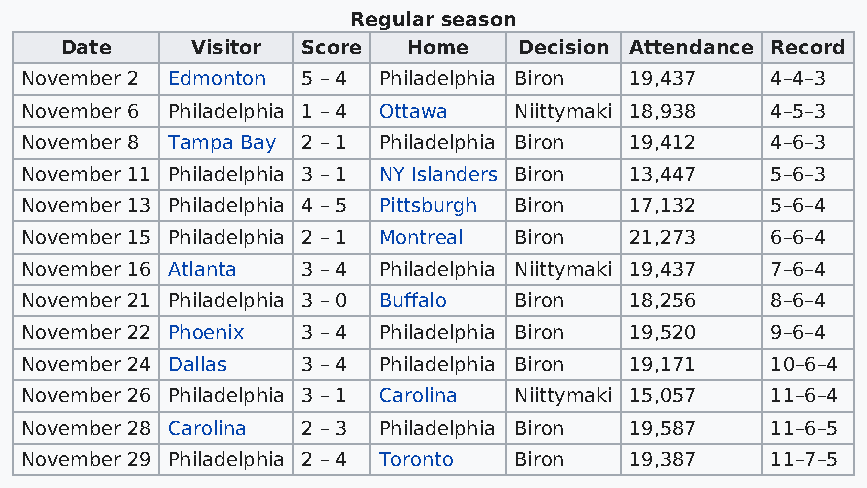
Regular season
 Date     Visitor Score Home   Decision Attendance Record
 November 2 Edmonton 5 – 4 Philadelphia Biron 19,437 4–4–3
 November 6 Philadelphia 1 – 4 Ottawa Niittymaki 18,938 4–5–3
 November 8 Tampa Bay 2 – 1 Philadelphia Biron 19,412 4–6–3
 November 11 Philadelphia 3 – 1 NY Islanders Biron 13,447 5–6–3
 November 13 Philadelphia 4 – 5 Pittsburgh Biron 17,132 5–6–4
 November 15 Philadelphia 2 – 1 Montreal Biron 21,273 6–6–4
 November 16 Atlanta 3 – 4 Philadelphia Niittymaki 19,437 7–6–4
 November 21 Philadelphia 3 – 0 Buffalo Biron 18,256 8–6–4
 November 22 Phoenix 3 – 4 Philadelphia Biron 19,520 9–6–4
 November 24 Dallas 3 – 4 Philadelphia Biron 19,171 10–6–4
 November 26 Philadelphia 3 – 1 Carolina Niittymaki 15,057 11–6–4
 November 28 Carolina 2 – 3 Philadelphia Biron 19,587 11–6–5
 November 29 Philadelphia 2 – 4 Toronto Biron 19,387 11–7–5